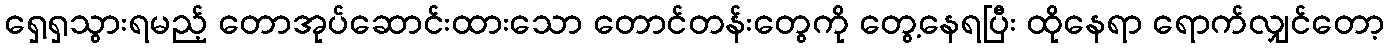
ရှေ့ရှသွားရမည့် တောအုပ်ဆောင်းထားသော တောင်တန်းတွေကို တွေ့နေရပြီး ထိုနေရာ ရောက်လျှင်တော့